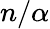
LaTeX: n/\alpha